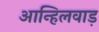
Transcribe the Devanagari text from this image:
आन्हिलवाड़